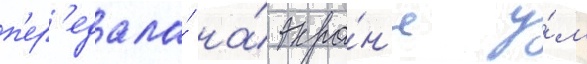
п'ер'едала́ на́ экра́н'е у́м